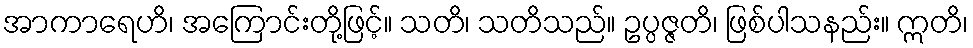
အာကာရေဟိ၊ အကြောင်းတို့ဖြင့်။ သတိ၊ သတိသည်။ ဥပ္ပဇ္ဇတိ၊ ဖြစ်ပါသနည်း။ ဣတိ၊